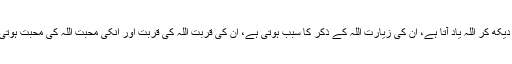
انہیں دیکھ کر اللہ یاد آتا ہے، ان کی زیارت اللہ کے ذکر کا سبب ہوتی ہے، ان کی قربت اللہ کی قربت اور انکی محبت اللہ کی محبت ہوتی ہے۔